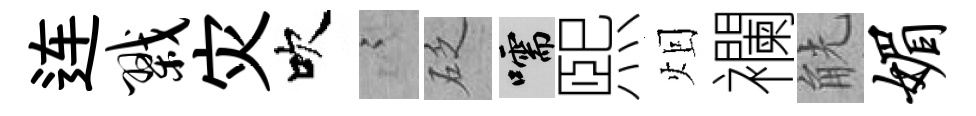
连戮灾吹謭砭嚅煕𤇆襴觥媚